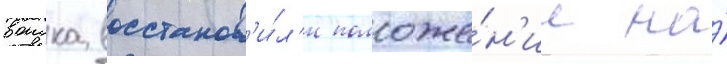
воиска восстанов'и́л'и положе́н'ие на́